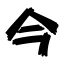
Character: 今